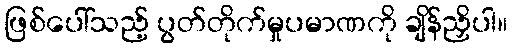
ဖြစ်ပေါ်သည့် ပွတ်တိုက်မှုပမာဏကို ချိန်ညှိပါ။